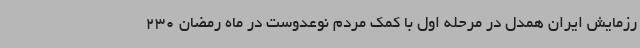
رزمایش ایران همدل در مرحله اول با کمک مردم نوعدوست در ماه رمضان 230